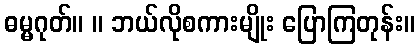
ဓမ္မဂုတ်။ ။ ဘယ်လိုစကားမျိုး ပြောကြတုန်း။